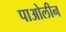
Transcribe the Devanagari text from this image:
पाओलीन